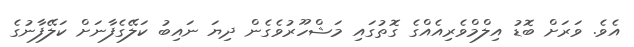
އެވެ. ވަރަށް ބޮޑު އިލްމްވެރިއެއްގެ ގޮތުގައި މަޝްހޫރުވެގެން ދިޔަ ނައިބު ކަލޭގެފާނަށް ކަލޭފާނުގެ